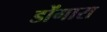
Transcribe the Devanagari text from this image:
डोंगारा